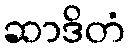
ဆာဒိတံ